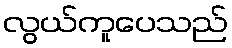
လွယ်ကူပေသည်